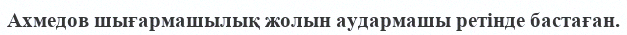
Ахмедов шығармашылық жолын аудармашы ретінде бастаған.